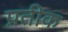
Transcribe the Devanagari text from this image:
प्रतीक